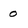
Character: 0